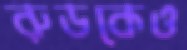
রুডকেও